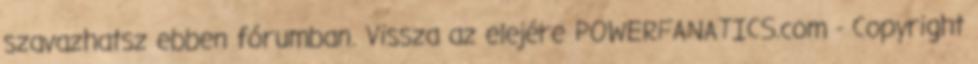
szavazhatsz ebben fórumban. Vissza az elejére POWERFANATICS.com - Copyright